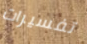
تفسيرات